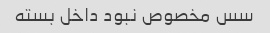
سس مخصوص نبود داخل بسته